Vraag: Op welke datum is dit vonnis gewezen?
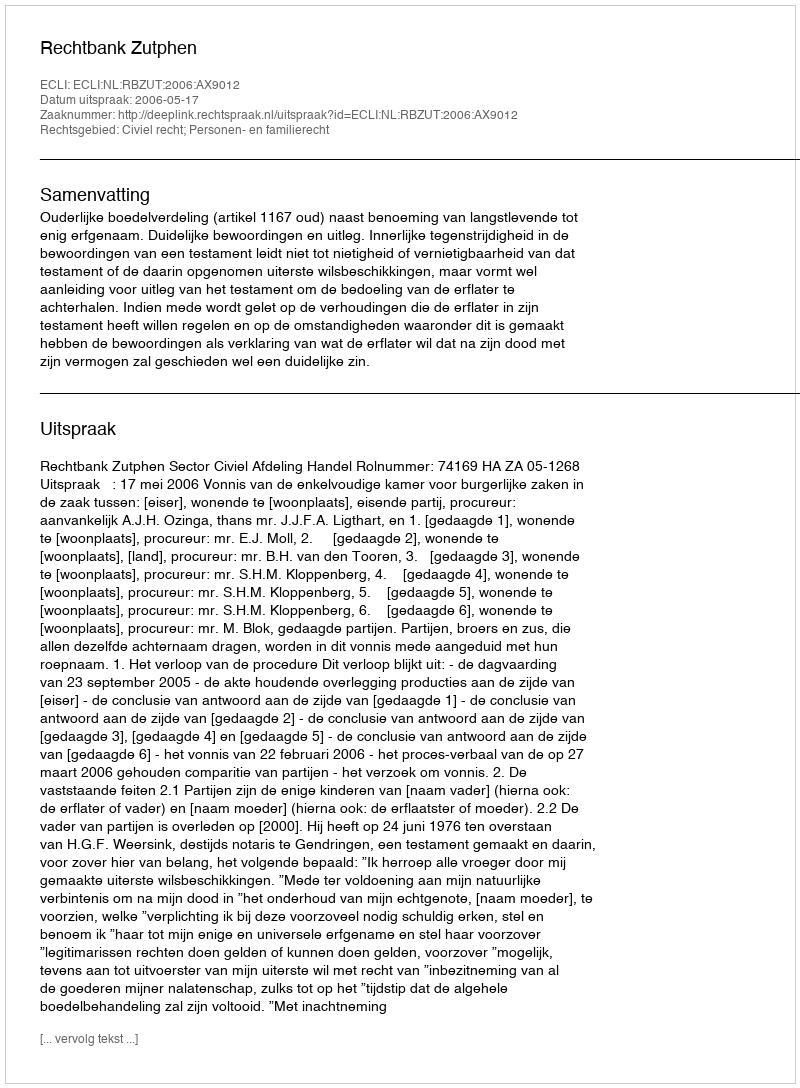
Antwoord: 2006-05-17